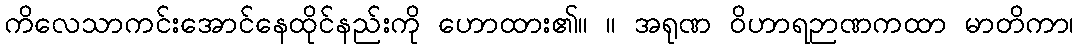
ကိလေသာကင်းအောင်နေထိုင်နည်းကို ဟောထား၏။ ။ အရုဏ ဝိဟာရဉာဏကထာ မာတိကာ၊